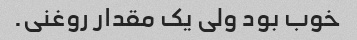
خوب بود ولی یک مقدار روغنی.